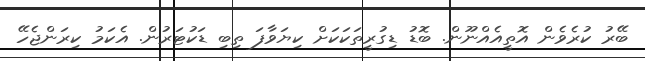
ބޭރު ކުރެވެން އޮތީއެއްނޫން. ބޮޑު ޑިގުރީތަކަކަށް ކިޔަވާފަ ތިބި ޑަކުޓަރުން. އެކަމު ކިރަންޖެހޭ